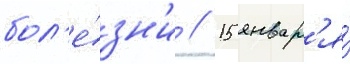
бол'е́зн'и // 15 январ'я́